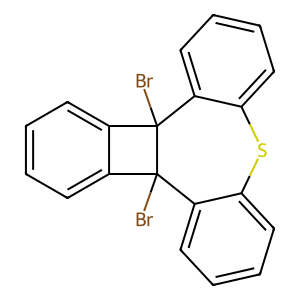
SMILES: BrC12c3ccccc3Sc3ccccc3C1(Br)c1ccccc12
Inhibits HIV replication: No